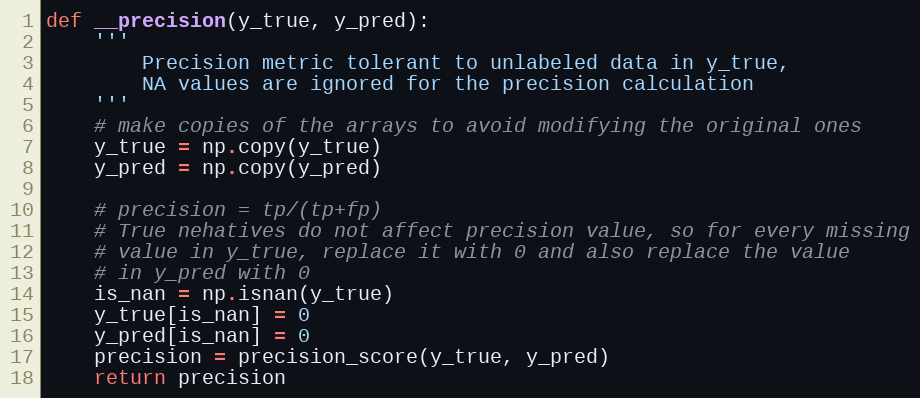
Language: Python
def __precision(y_true, y_pred):
    '''
        Precision metric tolerant to unlabeled data in y_true,
        NA values are ignored for the precision calculation
    '''
    # make copies of the arrays to avoid modifying the original ones
    y_true = np.copy(y_true)
    y_pred = np.copy(y_pred)

    # precision = tp/(tp+fp)
    # True nehatives do not affect precision value, so for every missing
    # value in y_true, replace it with 0 and also replace the value
    # in y_pred with 0
    is_nan = np.isnan(y_true)
    y_true[is_nan] = 0
    y_pred[is_nan] = 0
    precision = precision_score(y_true, y_pred)
    return precision